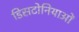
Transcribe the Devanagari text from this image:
डिसटोनियाओं